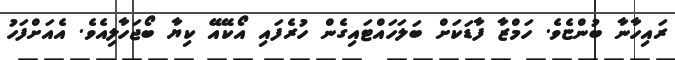
ރައިހާނާ ބުންޏެވެ. ހަމްޒާ ފާޑަކަށް ބަލަހައްޓައިގެން ހުރެފައި އޯކޭއޭ ކިޔާ ބޯޖަހާލިއެވެ. އެއަށްފަހު